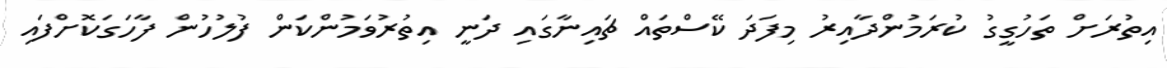
އިތުރަށް ތަހުގީގު ކުރަމުންދާއިރު މިފަދަ ކޭސްތައް ޗައިނާގައި ދަނީ އިތުރުވަމުންކަން ފުލުހުން ފާހަގަކޮށްފައި